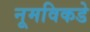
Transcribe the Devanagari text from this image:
नूमविकडे